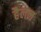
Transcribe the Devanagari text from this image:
हैलल